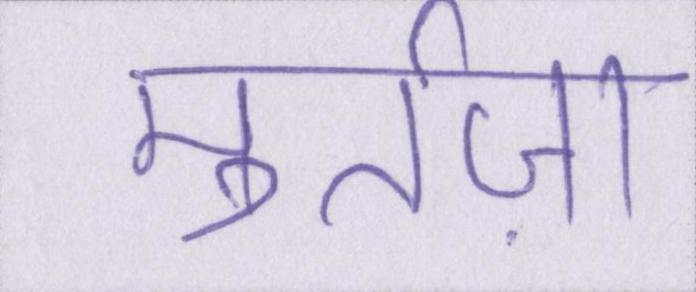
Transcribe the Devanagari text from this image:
मुर्तज़ा